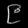
Digit: ၉